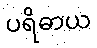
ပရိဓာယ